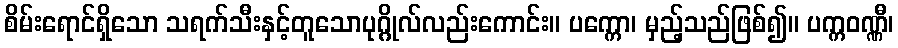
စိမ်းရောင်ရှိသော သရက်သီးနှင့်တူသောပုဂ္ဂိုလ်လည်းကောင်း။ ပက္ကော၊ မှည့်သည်ဖြစ်၍။ ပက္ကဝဏ္ဏီ၊